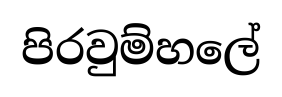
පිරවුම්හලේ